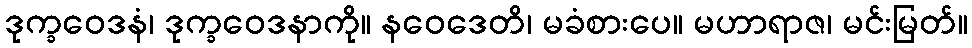
ဒုက္ခဝေဒနံ၊ ဒုက္ခဝေဒနာကို။ နဝေဒေတိ၊ မခံစားပေ။ မဟာရာဇ၊ မင်းမြတ်။